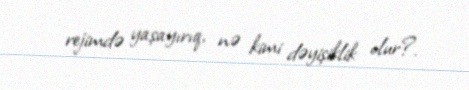
rejimdə yaşayırıq, nə kimi dəyişiklik olur?.